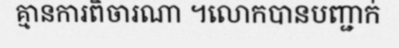
គ្មានការពិចារណា ។លោកបានបញ្ជាក់